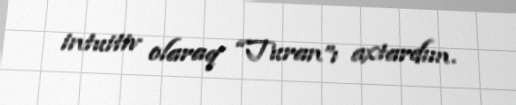
intuitiv olaraq “Turan”ı axtardım.